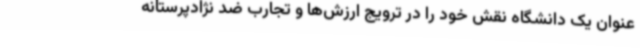
عنوان یک دانشگاه نقش خود را در ترویج ارزش‌ها و تجارب ضد نژادپرستانه